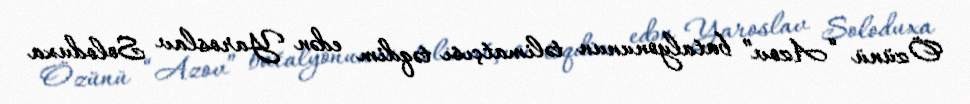
Özünü “Azov” batalyonunun təlimatçısı təqdim edən Yaroslav Soloduxa